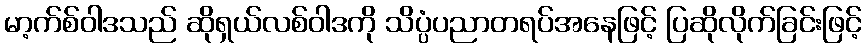
မာ့က်စ်ဝါဒသည် ဆိုရှယ်လစ်ဝါဒကို သိပ္ပံပညာတရပ်အနေဖြင့် ပြဆိုလိုက်ခြင်းဖြင့်